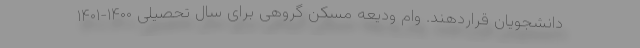
دانشجویان قراردهند. وام ودیعه مسکن گروهی برای سال تحصیلی ۱۴۰۰-۱۴۰۱